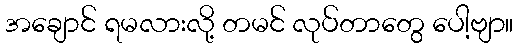
အချောင် ရမလားလို့ တမင် လုပ်တာတွေ ပေါ့ဗျာ။